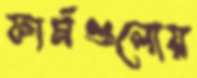
ফার্মগুলোয়